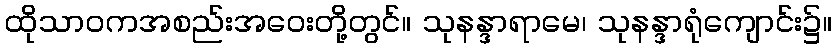
ထိုသာဝကအစည်းအဝေးတို့တွင်။ သုနန္ဒာရာမေ၊ သုနန္ဒာရုံကျောင်း၌။